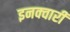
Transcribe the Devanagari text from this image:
इनक्वारी